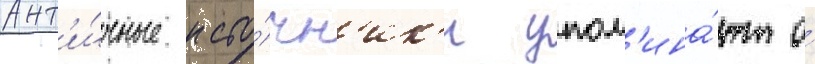
Ант'и́чные исто́чн'ик'и упом'ина́ют о́